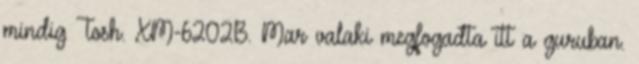
mindig Tosh. XM-6202B. Mar valaki megfogadta itt a guruban.